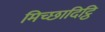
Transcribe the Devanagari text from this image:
मिच्छादिट्ठि